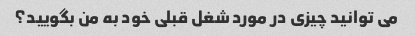
می توانید چیزی در مورد شغل قبلی خود به من بگویید؟